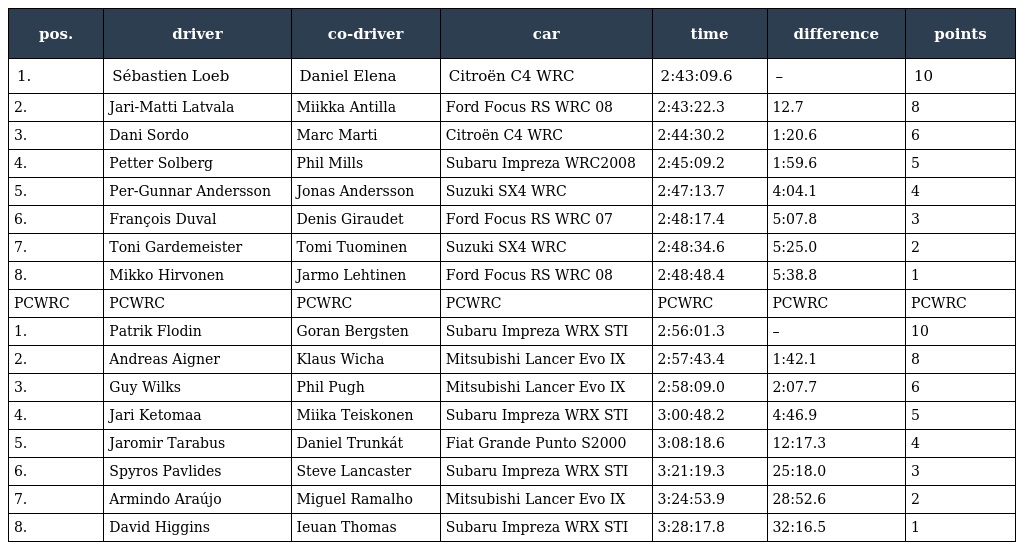
| pos. | driver | co-driver | car | time | difference | points |
 | --- | --- | --- | --- | --- | --- | --- |
 | 1. | Sébastien Loeb | Daniel Elena | Citroën C4 WRC | 2:43:09.6 | – | 10 |
 | 2. | Jari-Matti Latvala | Miikka Antilla | Ford Focus RS WRC 08 | 2:43:22.3 | 12.7 | 8 |
 | 3. | Dani Sordo | Marc Marti | Citroën C4 WRC | 2:44:30.2 | 1:20.6 | 6 |
 | 4. | Petter Solberg | Phil Mills | Subaru Impreza WRC2008 | 2:45:09.2 | 1:59.6 | 5 |
 | 5. | Per-Gunnar Andersson | Jonas Andersson | Suzuki SX4 WRC | 2:47:13.7 | 4:04.1 | 4 |
 | 6. | François Duval | Denis Giraudet | Ford Focus RS WRC 07 | 2:48:17.4 | 5:07.8 | 3 |
 | 7. | Toni Gardemeister | Tomi Tuominen | Suzuki SX4 WRC | 2:48:34.6 | 5:25.0 | 2 |
 | 8. | Mikko Hirvonen | Jarmo Lehtinen | Ford Focus RS WRC 08 | 2:48:48.4 | 5:38.8 | 1 |
 | PCWRC | PCWRC | PCWRC | PCWRC | PCWRC | PCWRC | PCWRC |
 | 1. | Patrik Flodin | Goran Bergsten | Subaru Impreza WRX STI | 2:56:01.3 | – | 10 |
 | 2. | Andreas Aigner | Klaus Wicha | Mitsubishi Lancer Evo IX | 2:57:43.4 | 1:42.1 | 8 |
 | 3. | Guy Wilks | Phil Pugh | Mitsubishi Lancer Evo IX | 2:58:09.0 | 2:07.7 | 6 |
 | 4. | Jari Ketomaa | Miika Teiskonen | Subaru Impreza WRX STI | 3:00:48.2 | 4:46.9 | 5 |
 | 5. | Jaromir Tarabus | Daniel Trunkát | Fiat Grande Punto S2000 | 3:08:18.6 | 12:17.3 | 4 |
 | 6. | Spyros Pavlides | Steve Lancaster | Subaru Impreza WRX STI | 3:21:19.3 | 25:18.0 | 3 |
 | 7. | Armindo Araújo | Miguel Ramalho | Mitsubishi Lancer Evo IX | 3:24:53.9 | 28:52.6 | 2 |
 | 8. | David Higgins | Ieuan Thomas | Subaru Impreza WRX STI | 3:28:17.8 | 32:16.5 | 1 |